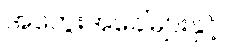
အတွေးအခေါ်များနှင့်